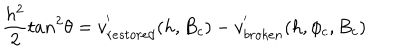
LaTeX: \frac { h ^ { 2 } } { 2 } t a n ^ { 2 } \theta = v _ { r e s t o r e d } ^ { ' } ( h , B _ { c } ) - v _ { b r o k e n } ^ { ' } ( h , \phi _ { c } , B _ { c } )